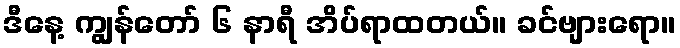
ဒီနေ့ ကျွန်တော် ၆ နာရီ အိပ်ရာထတယ်။ ခင်ဗျားရော။